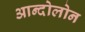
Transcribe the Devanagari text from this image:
आन्दोलोन